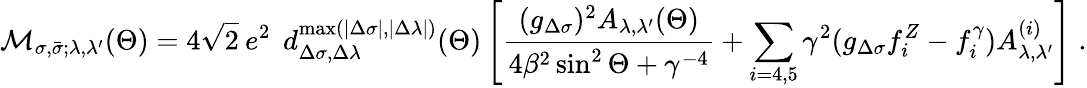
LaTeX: {\cal M}_{\sigma,\bar{\sigma};\lambda,\lambda^{\prime}}(\Theta)=4\sqrt{2}\: e^{2}\: \: d_{\Delta\sigma,\Delta\lambda}^{\mathrm{max}(|\Delta\sigma|,|\Delta\lambda|)}(\Theta)\left[{\frac{(g_{\Delta\sigma})^{2}{A}_{\lambda,\lambda^{\prime}}(\Theta)}{4\beta^{2}\sin^{2}\Theta+\gamma^{-4}}}+\sum_{i=4,5}\gamma^{2}(g_{\Delta\sigma}f_{i}^{Z}-f_{i}^{\gamma}){A}_{\lambda,\lambda^{\prime}}^{(i)}\right]\; .